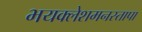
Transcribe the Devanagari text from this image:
भयक्लेशमनस्तापा